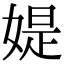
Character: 媞